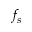
f _ { s }